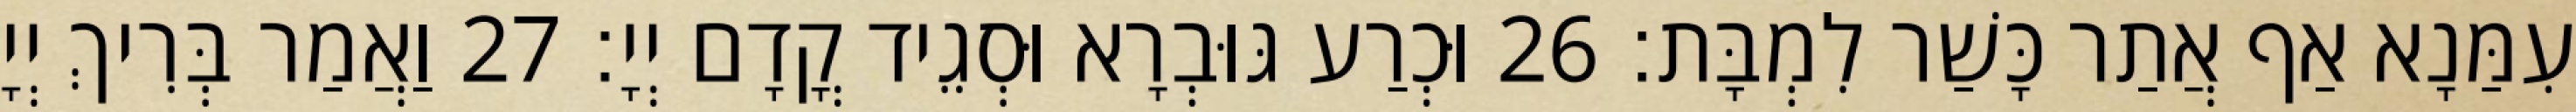
עִמַּנָא אַף אֲתַר כָּשַׁר לִמְבָּת׃ 26 וּכְרַע גּוּבְרָא וּסְגֵיד קֳדָם יְיָ׃ 27 וַאֲמַר בְּרִיךְ יְיָ